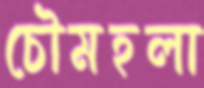
চৌমহলা